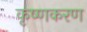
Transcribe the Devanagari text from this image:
कृष्णकरण